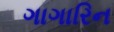
ગાગારિન